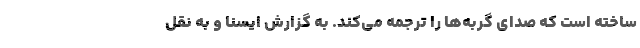
ساخته است که صدای گربه‌ها را ترجمه می‌کند. به گزارش ایسنا و به نقل